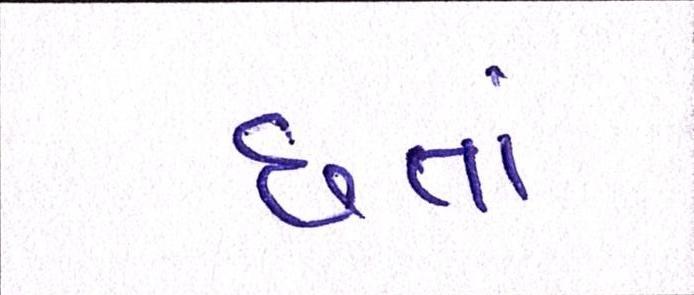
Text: છતાં